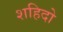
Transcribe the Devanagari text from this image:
शहिदो